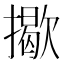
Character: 𢶆